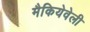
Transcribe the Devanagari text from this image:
मैकियेवेली